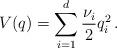
LaTeX: \begin{align*}V(q)=\sum_{i=1}^d\frac{\nu_i}{2}q^2_i{\,.}\end{align*}